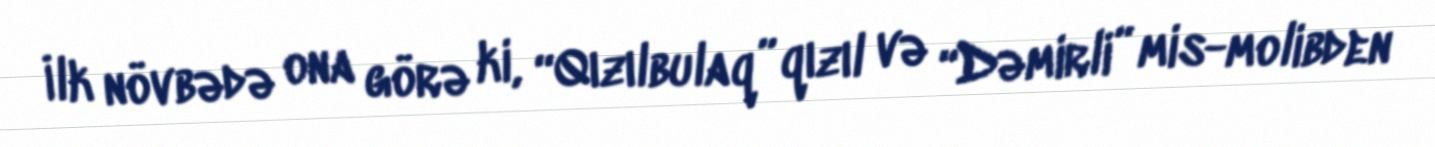
İlk növbədə ona görə ki, “Qızılbulaq” qızıl və “Dəmirli” mis-molibden